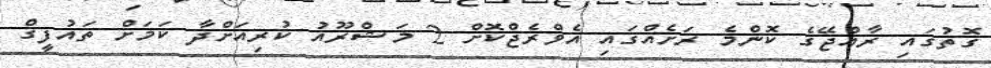
ގޮތުގައި ރާއްޖޭގެ ކޮންމެ ރަށެއްގައި އެވްރެޖްކޮށް 2 މަޝްރޫއު ކުރިއަށްދާ ކަމަށް ތައުފީޤް